Civil Veterinary Department Bengal reports 1923-33 - 1923-1933
Year: 1923
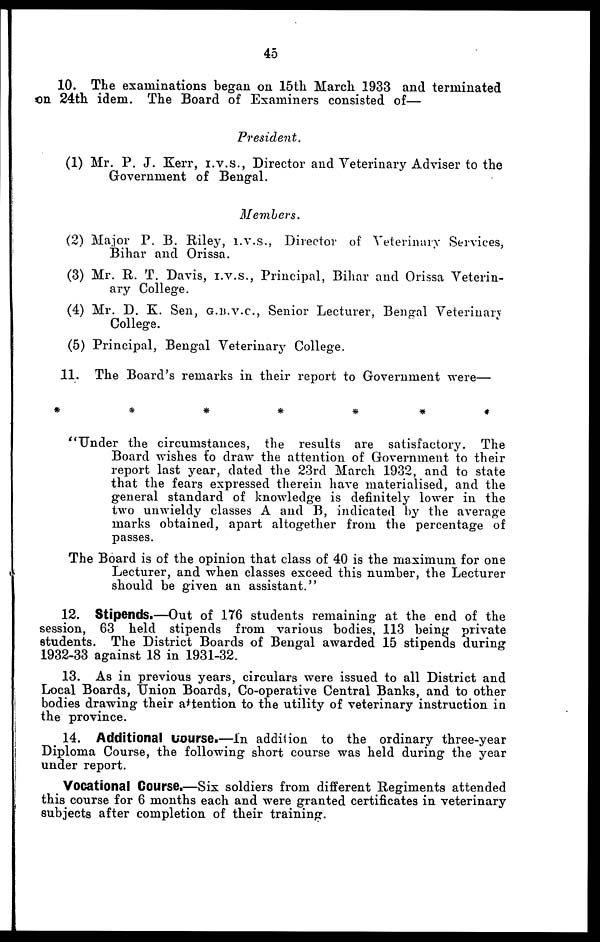
45
10. The examinations began on 15th March 1933 and terminated
on 24th idem. The Board of Examiners consisted of—
President.
(1) Mr. P. J. Kerr, I.V.S., Director and Veterinary Adviser to the
Government of Bengal.
Members.
(2) Major P. B. Riley, I.V.S., Director of Veterinary Services,
Bihar and Orissa.
(3) Mr. R. T. Davis, I.V.S., Principal, Bihar and Orissa Veterin-
ary College.
(4) Mr. D. K. Sen, G.B.V.C., Senior Lecturer, Bengal Veterinary
College.
(5) Principal, Bengal Veterinary College.
11. The Board's remarks in their report to Government were—
*
*
*
*
*
*
*
"Under the circumstances, the results are satisfactory. The
Board wishes to draw the attention of Government to their
report last year, dated the 23rd March 1932, and to state
that the fears expressed therein have materialised, and the
general standard of knowledge is definitely lower in the
two unwieldy classes A and B, indicated by the average
marks obtained, apart altogether from the percentage of
passes.
The Board is of the opinion that class of 40 is the maximum for one
Lecturer, and when classes exceed this number, the Lecturer
should be given an assistant."
12. Stipends.—Out of 176 students remaining at the end of the
session, 63 held stipends from various bodies, 113 being private
students. The District Boards of Bengal awarded 15 stipends during
1932-33 against 18 in 1931-32.
13. As in previous years, circulars were issued to all District and
Local Boards, Union Boards, Co-operative Central Banks, and to other
bodies drawing their attention to the utility of veterinary instruction in
the province.
14. Additional Course.—In addition to the ordinary three-year
Diploma Course, the following short course was held during the year
under report.
Vocational Course.—Six soldiers from different Regiments attended
this course for 6 months each and were granted certificates in veterinary
subjects after completion of their training.